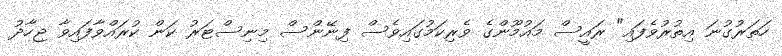
ހަތަރުގުނަ އިތުރުވެފައި" ރައީސް މައުމޫންގެ ވެރިކަމުގައިވެސް ފިނޭންސް މިނިސްޓަރު ކަން ކުރައްވާފައިވާ ޖިހާދު